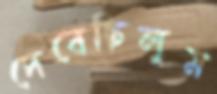
দেবেছিলুম